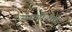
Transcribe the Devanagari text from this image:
अनागोंदीत